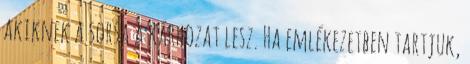
akiknek a sorsa a kárhozat lesz. Ha emlékezetben tartjuk,